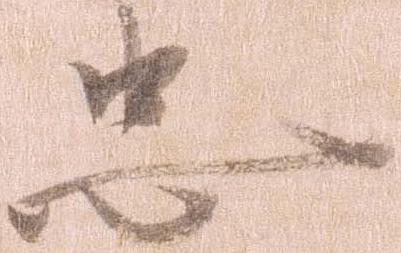
忠